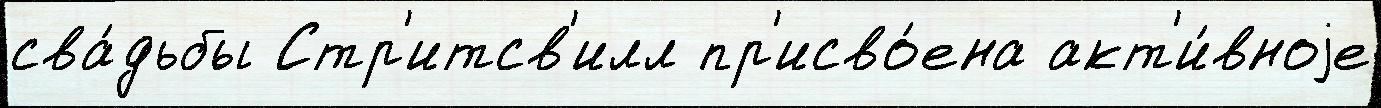
сва́дьбы Стр'итсв'илл пр'исво́ена акт'и́вноjе